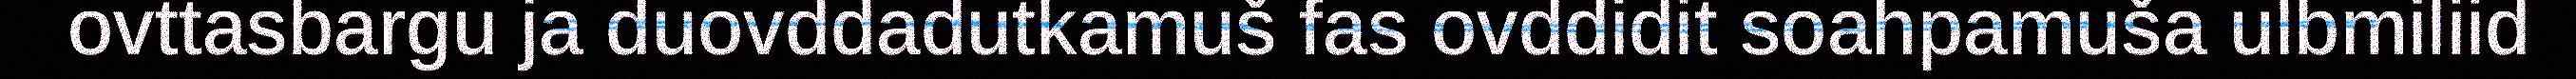
ovttasbargu ja duovddadutkamuš fas ovddidit soahpamuša ulbmiliid